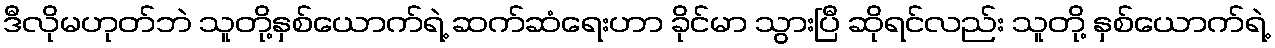
ဒီလိုမဟုတ်ဘဲ သူတို့နှစ်ယောက်ရဲ့ ဆက်ဆံရေးဟာ ခိုင်မာ သွားပြီ ဆိုရင်လည်း သူတို့ နှစ်ယောက်ရဲ့